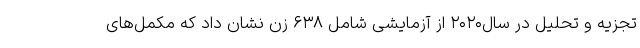
تجزیه و تحلیل در سال۲۰۲۰ از آزمایشی شامل ۶۳۸ زن نشان داد که مکمل‌های